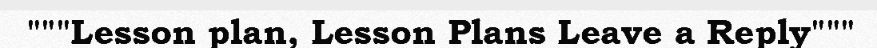
"""Lesson plan, Lesson Plans Leave a Reply"""